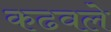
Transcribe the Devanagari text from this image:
कढवले